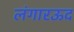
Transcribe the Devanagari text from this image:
लंगारऊद